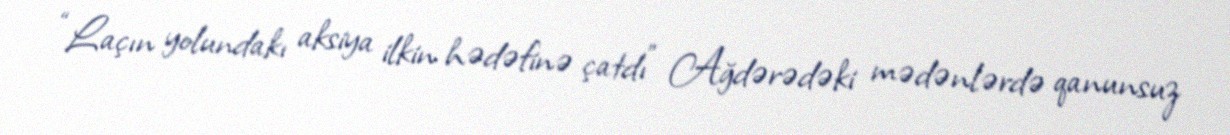
“Laçın yolundakı aksiya ilkin hədəfinə çatdı” Ağdərədəki mədənlərdə qanunsuz